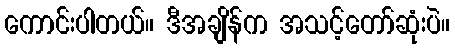
ကောင်းပါတယ်။ ဒီအချိန်က အသင့်တော်ဆုံးပဲ။